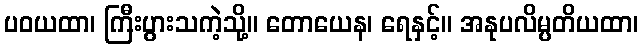
ပဝယထာ၊ ကြီးပွားသကဲ့သို့။ တောယေန၊ ရေနှင့်။ အနုပလိမ္ပတိယထာ၊